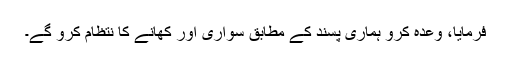
فرمایا، وعدہ کرو ہماری پسند کے مطابق سواری اور کھانے کا نتظام کرو گے۔